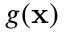
g \mathbf { ( x ) }